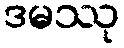
ဒမဿု